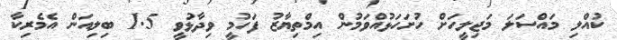
ކުއްލި މައްސަލަ މަޖިލީހަށް ހުށަހަޅުއްވަމުން އިމްތިޔާޒު ފަހުމީ ވިދާޅުވީ 1.5 ބިލިއަން އެމެރިކާ